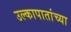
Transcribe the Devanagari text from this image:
उल्कापातांच्या